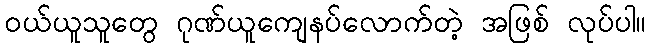
ဝယ်ယူသူတွေ ဂုဏ်ယူကျေနပ်လောက်တဲ့ အဖြစ် လုပ်ပါ။